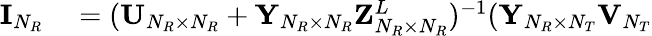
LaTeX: \begin{array}{rl}{{\mathbf{I}}_{N_{R}}}&{{}=({\mathbf{U}}_{N_{R}\times N_{R}}+{\mathbf{Y}}_{N_{R}\times N_{R}}{\mathbf{Z}}_{N_{R}\times N_{R}}^{L})^{-1}({\mathbf{Y}}_{N_{R}\times N_{T}}{\mathbf{V}}_{N_{T}}}\end{array}